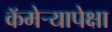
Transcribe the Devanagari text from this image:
कॅमेर्‍यापेक्षा